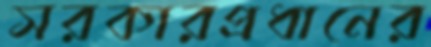
সরকারপ্রধানের